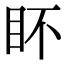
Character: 𭾟